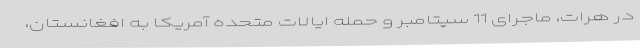
در هرات، ماجرای 11 سپتامبر و حمله ایالات متحده آمریکا به افغانستان،